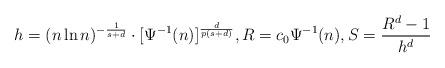
LaTeX: \begin{align*}h = (n\ln n)^{-\frac{1}{s+d}}\cdot [\Psi^{-1}(n)]^{\frac{d}{p(s+d)}}, R=c_0\Psi^{-1}(n), S = \frac{R^d-1}{h^d}\end{align*}